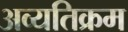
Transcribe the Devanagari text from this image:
अव्यतिक्रम